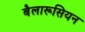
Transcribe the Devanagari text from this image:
बैलारूसियन